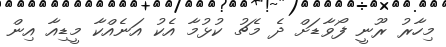
މިހާރު ރޫނީ ފޯވާޑަށް ދެ މެޗު ކުޅުމާ އެކު އަނެއްކާ މީޑިއާ އިން